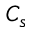
C _ { s }